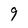
Character: 9